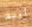
أريد